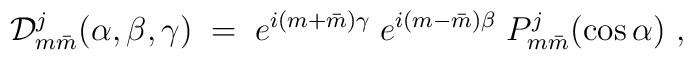
{\cal D}^j_{m\bar m}(\alpha,\beta,\gamma)\; = \; e^{i(m+\bar m)\gamma}\;e^{i(m-\bar m)\beta}\;P^j_{m\bar m}(\cos\alpha)\ ,